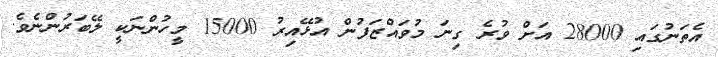
އެތަނުގައި 28000 އަށް ވުރެ ގިނަ މުވައްޒަފުން އުޅޭއިރު 15000 މީހުންނަކީ ލޭބަރުންނެވެ.